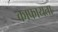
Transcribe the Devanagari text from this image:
काफायता